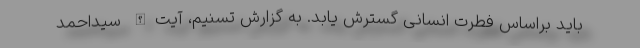
باید براساس فطرت انسانی گسترش یابد. به گزارش تسنیم، آیت‌الله سیداحمد